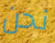
نحن